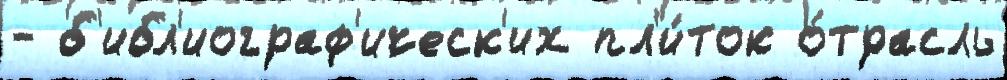
- б'ибл'иограф'ическ'их пл'и́ток о́трасль